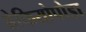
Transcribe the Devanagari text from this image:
ब्रेकियोपोडा